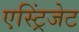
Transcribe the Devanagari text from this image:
एस्ट्रिंजेट